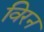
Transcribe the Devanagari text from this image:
विरन